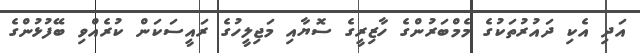
އަދި އެކި ދައުރުތަކުގެ މެމްބަރުންގެ ހާޒިރީގެ ސޮޔާއި މަޖިލީހުގެ ރައީސަކަން ކުރެއްވި ބޭފުޅުންގެ